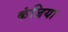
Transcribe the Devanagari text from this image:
कंजिया